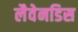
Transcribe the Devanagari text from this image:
लैवेनडिस